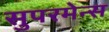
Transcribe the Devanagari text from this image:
सुपरमेन्स